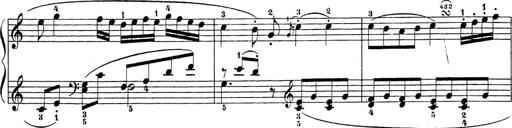
Title: Sonatina Album
Composer: Louis KÃ¶hler